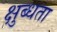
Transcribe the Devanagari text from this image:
क्षुब्धता